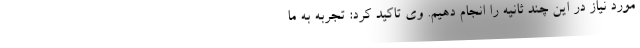
مورد نیاز در این چند ثانیه را انجام دهیم. وی تاکید کرد: تجربه به ما